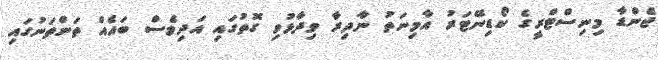
ޖެންޑާ މިނިސްޓްރީގެ ކޯޑިނޭޓަރު އާމިނަތު ނާދިރާ ވިދާޅުވި ގޮތުގައި އަދިވެސް ބައެއް ތަންތަނުގައި